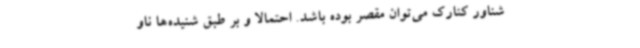
شناور کنارک می‌توان مقصر بوده باشد. احتمالا و بر طبق شنیده‌ها ناو